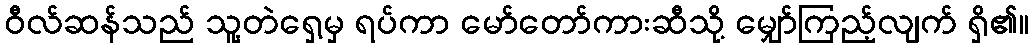
ဝီလ်ဆန်သည် သူ့တဲရှေ့မှ ရပ်ကာ မော်တော်ကားဆီသို့ မျှော်ကြည့်လျက် ရှိ၏။